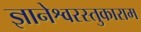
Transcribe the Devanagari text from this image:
ज्ञानेश्वरस्तुकाराम